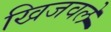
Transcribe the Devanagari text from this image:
खिजवले